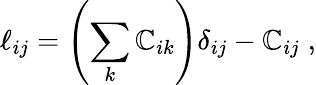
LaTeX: \ell_{ij}=\left(\sum_{k}\mathbb{C}_{ik}\right)\delta_{ij}-\mathbb{C}_{ij}\; ,